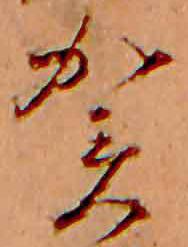
賀